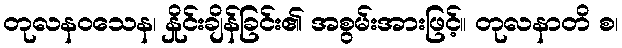
တုလနဝသေန၊ နှိုင်းချိန်ခြင်း၏ အစွမ်းအားဖြင့်။ တုလနာတိ စ၊